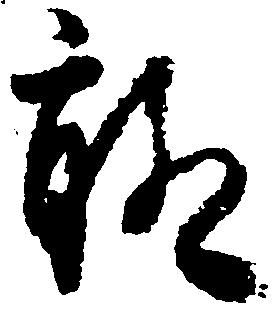
聊